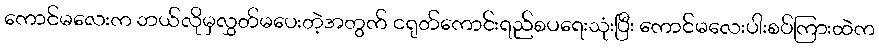
ကောင်မလေးက ဘယ်လိုမှလွှတ်မပေးတဲ့အတွက် ငရုတ်ကောင်းရည်စပရေးသုံးပြီး ကောင်မလေးပါးစပ်ကြားထဲက